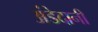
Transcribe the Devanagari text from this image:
अंडेदानी